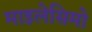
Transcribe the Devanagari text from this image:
माइलेसिमो